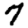
Digit: 7